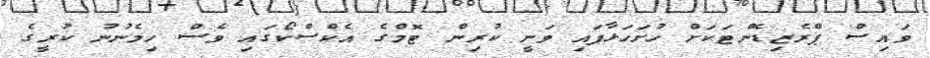
ވައިސް ޕްރެޒިޑެންޓަކަށް ހުށަހަޅާފައި ވަނީ ކުރިން ޓޮމްގެ އެކްސްކޯގައި ވެސް ހިމެނުނު ކުރީގެ